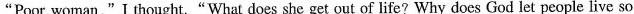
“Poor woman,"I thought.“What does she get out of life? Why does God let people live so